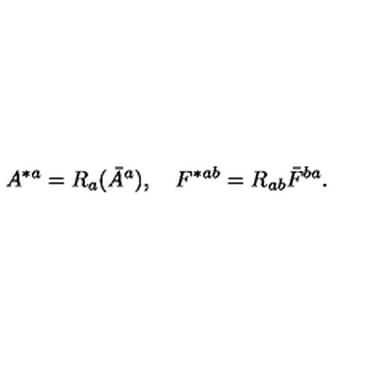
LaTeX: A ^ { * a } = R _ { a } ( \bar { A } ^ { a } ) , \quad F ^ { * } { } ^ { a b } = R _ { a b } \bar { F } ^ { b a } .